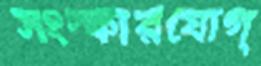
সংস্কারযোগ্